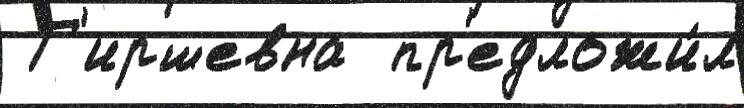
 Г'иршевна  пр'едложи́л